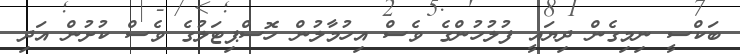
ބަކްސީ ނިމިގެން ދިޔައީ ފުލުހުންގެ ވެސް އިހުމާލުން ހޮސްޕިޓަލުގެ ވެސް ކުށުން އަދި